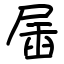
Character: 㞚